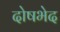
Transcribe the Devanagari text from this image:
दोषभेद